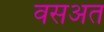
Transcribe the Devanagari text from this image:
वसअत